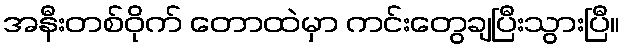
အနီးတစ်ဝိုက် တောထဲမှာ ကင်းတွေချပြီးသွားပြီ။